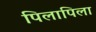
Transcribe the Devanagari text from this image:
पिलापिला